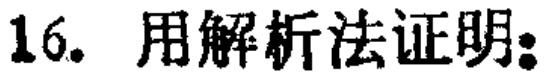
16. 用解析法证明：